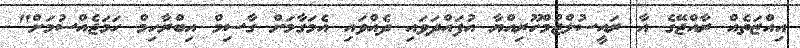
އިއްޒަތެއް ރާއްޖޭގެ އާ ރައީސުލްޖުމްހޫރިއްޔާ އުފައްދަވައި ދެއްވައި އެމަގާމަށް ގާސިމް އިބްރާހިމް ހަމަޖެއްސުމަށް"